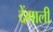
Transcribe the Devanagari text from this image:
देंगाली